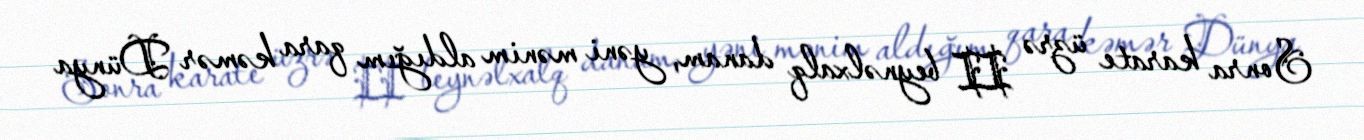
Sonra karate üzrə II beynəlxalq danam, yəni mənim aldığım qara kəmər Dünya